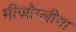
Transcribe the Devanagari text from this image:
मीज़ोग्लीया